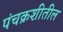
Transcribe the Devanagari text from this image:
पंचक्रशीतील